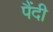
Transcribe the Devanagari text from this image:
पैंदी